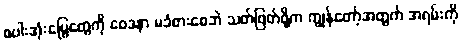
စပါးအုံးမြွေတွေကို ဝေဒနာ မခံစားစေဘဲ သတ်ဖြတ်ဖို့က ကျွန်တော့်အတွက် အရမ်းကို